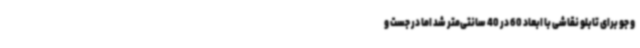
و جو برای تابلو نقاشی با ابعاد 60 در 40 سانتی‌متر شد اما در جست و